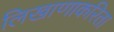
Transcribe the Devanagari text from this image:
लिखाणाकरिता